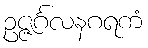
ဥဇ္ဇင်္ဂလနဂရကံ